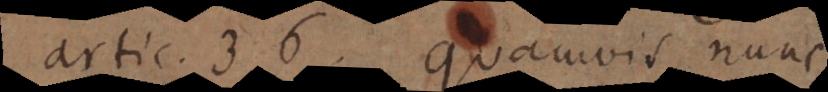
artic. 36. Quamvis nunc